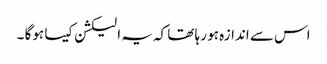
اس سے اندازہ ہو رہا تھا کہ یہ الیکشن کیسا ہوگا ۔